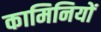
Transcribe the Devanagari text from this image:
कामिनियों